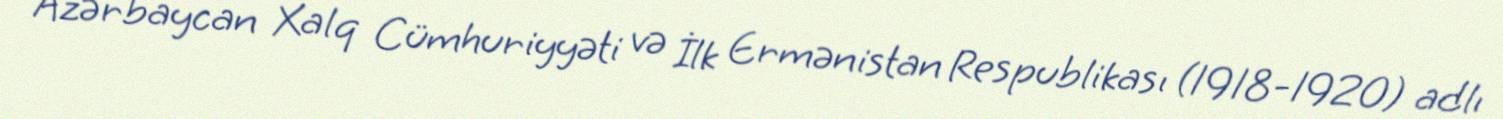
Azərbaycan Xalq Cümhuriyyəti və İlk Ermənistan Respublikası (1918-1920) adlı